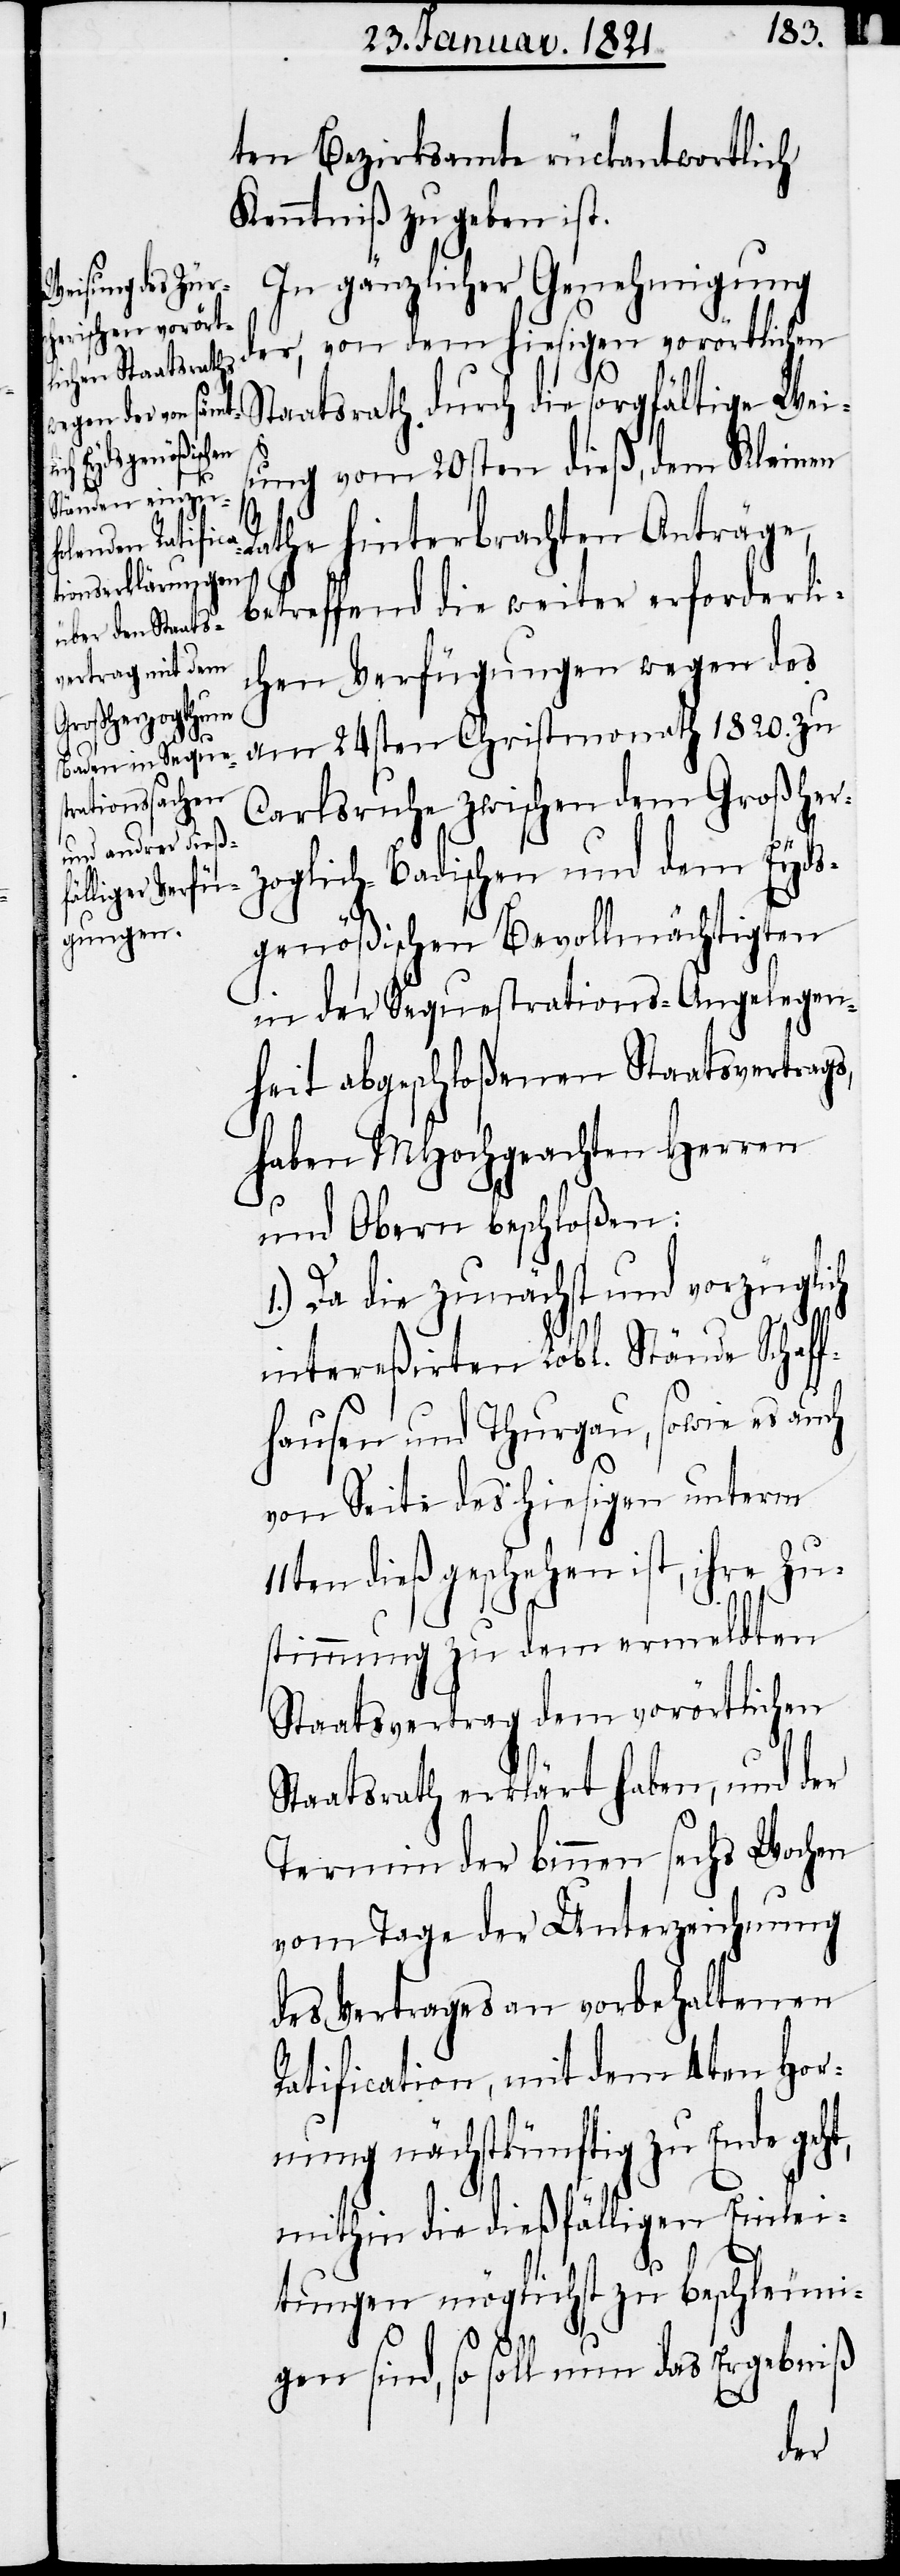
ten Bezirksamte rückantwortlich
Kenntniß zu geben ist.
In gänzlicher Genehmigung
der, von dem hiesigen vorörtlichen
Staatsrath durch die sorgfältige Weis¬
ung vom 20sten dieß, dem Kleinen
Rathe hinterbrachten Anträge,
betreffend die weiter erforderli¬
chen Verfügungen wegen des
am 24sten Christmonath 1820. zu
Carlsruhe zwischen dem Großher¬
zoglich-Badischen und dem Eyds¬
genößischen Bevollmächtigten
in der Sequestrations-Angelegen¬
heit abgeschloßenen Staatsvertrags,
haben MHochgeachten Herren
und Obern beschloßen:
1.) Da die zunächst und vorzüglich
intereßirten Lobl. Stände Schaf¬
fhausen und Thurgau, sowie auch
von Seite des hiesigen unterm
en dieß geschehen ist, ihre Zu¬
stimmung zu dem ermeldten
Staatsvertrag dem vorörtlichen
Staatsrath erklärt haben, und der
Termin der binnen sechs Wochen
vom Tage der Unterzeichnung
des Vertrages an vorbehaltenen
Ratification, mit dem 4ten Hor¬
nung nächstkünftig zu Ende
mithin die dießfälligen Einlei¬
11t¬
tungen möglichst zu beschleuni¬
gen sind, so soll nun das Ergebniß